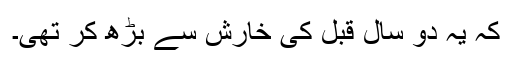
کہ یہ دو سال قبل کی خارش سے بڑھ کر تھی۔